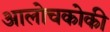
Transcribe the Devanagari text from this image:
आलोचकोकी